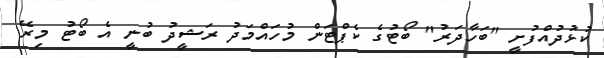
ކުޅުދުއްފުށީ "ބަހާދަރު" ބޯޓުގެ ކެޕްޓަން މުހައްމަދު ރަޝީދު ބުނީ އެ ބޯޓު މިރޭ